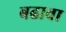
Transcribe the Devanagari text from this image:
बढावा